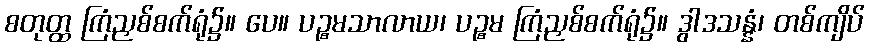
စတုတ္ထ ကြံညှစ်စက်ရုံ၌။ ပေ။ ပဉ္စမသာလာယ၊ ပဉ္စမ ကြံညှစ်စက်ရုံ၌။ ဒွါဒသန္နံ၊ တစ်ကျိပ်